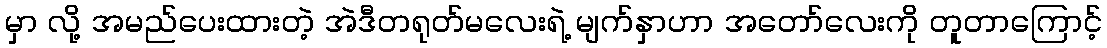
မှာ လို့ အမည်ပေးထားတဲ့ အဲဒီတရုတ်မလေးရဲ့ မျက်နှာဟာ အတော်လေးကို တူတာကြောင့်